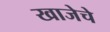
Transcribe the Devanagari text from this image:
खाजेचे